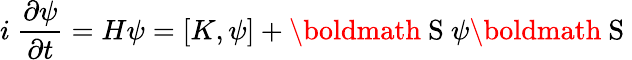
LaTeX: i~\frac{\partial\psi}{\partial t}=H\psi=[K,\psi]+\mathrm{\boldmath~S~}\psi\mathrm{\boldmath~S~}